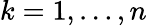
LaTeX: k=1,\ldots,n